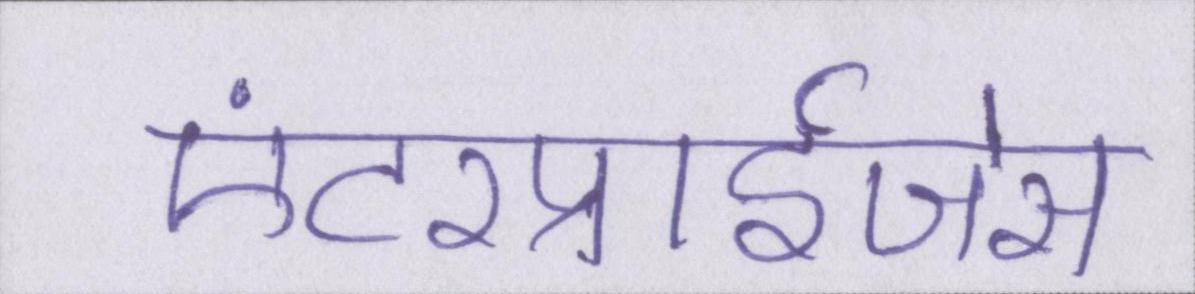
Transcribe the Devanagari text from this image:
एंटरप्राईजेस